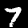
Digit: 7